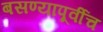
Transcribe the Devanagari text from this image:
बसण्यापूर्वीच